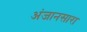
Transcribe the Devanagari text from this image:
अंजानसारा